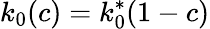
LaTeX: k_{0}(c)=k_{0}^{*}(1-c)